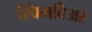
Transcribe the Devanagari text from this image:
स्विमविअर